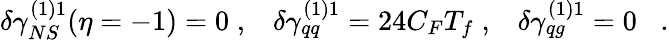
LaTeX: \delta\gamma_{NS}^{(1)1}(\eta=-1)=0\; ,\; \; \; \delta\gamma_{qq}^{(1)1}=24C_{F}T_{f}\; ,\; \; \; \delta\gamma_{qg}^{(1)1}=0\; \; \; .